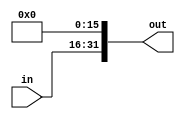
`timescale 1ns / 1ps
//////////////////////////////////////////////////////////////////////////////////
// Company: 
// Engineer: 
// 
// Design Name: 
// Module Name:    sl16 
// Project Name: 
// Target Devices: 
// Tool versions: 
// Description: 
//
// Dependencies: 
//
// Revision: 
// Revision 0.01 - File Created
// Additional Comments: 
//
//////////////////////////////////////////////////////////////////////////////////
module sl16(
    input [15:0] in,
    output [31:0] out
    );

	assign out = {in,{16{1'b0}}};
endmodule